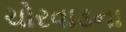
ચોરવાડના